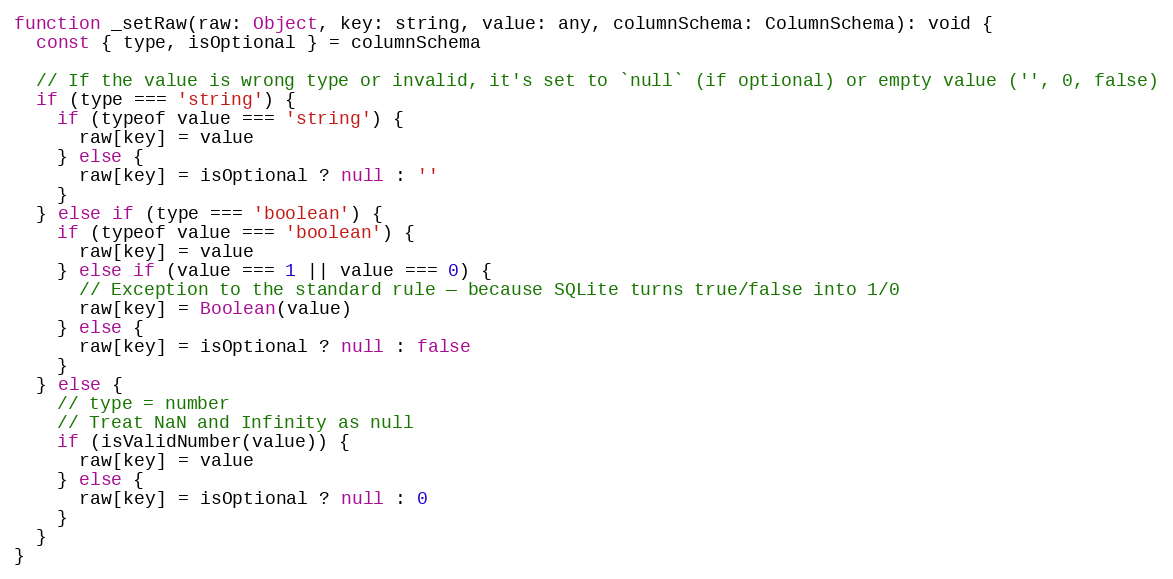
Language: JavaScript
function _setRaw(raw: Object, key: string, value: any, columnSchema: ColumnSchema): void {
  const { type, isOptional } = columnSchema

  // If the value is wrong type or invalid, it's set to `null` (if optional) or empty value ('', 0, false)
  if (type === 'string') {
    if (typeof value === 'string') {
      raw[key] = value
    } else {
      raw[key] = isOptional ? null : ''
    }
  } else if (type === 'boolean') {
    if (typeof value === 'boolean') {
      raw[key] = value
    } else if (value === 1 || value === 0) {
      // Exception to the standard rule — because SQLite turns true/false into 1/0
      raw[key] = Boolean(value)
    } else {
      raw[key] = isOptional ? null : false
    }
  } else {
    // type = number
    // Treat NaN and Infinity as null
    if (isValidNumber(value)) {
      raw[key] = value
    } else {
      raw[key] = isOptional ? null : 0
    }
  }
}